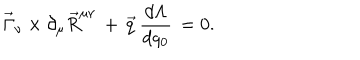
LaTeX: \vec { \Gamma } _ { \nu } \times \partial _ { \mu } \vec { R } ^ { \mu \nu } \, + \, \vec { q } \, \frac { d \Lambda } { d q _ { 0 } } \, = 0 .